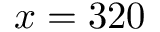
x = 3 2 0